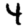
Digit: 4